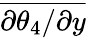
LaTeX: \overline{{{\partial\theta_{4}}/{\partial y}}}